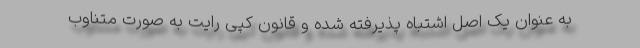
به عنوان یک اصل اشتباه پذیرفته شده و قانون کپی رایت به صورت متناوب